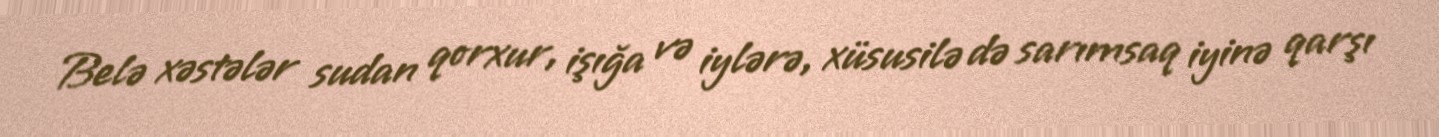
Belə xəstələr sudan qorxur, işığa və iylərə, xüsusilə də sarımsaq iyinə qarşı